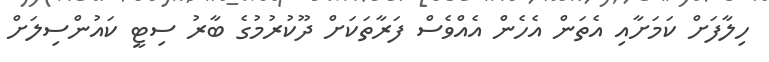
ހިލާފަށް ކަމަށާއި އެތަން އެހެން އެއްވެސް ފަރާތަކަށް ދޫކުރުމުގެ ބާރު ސިޓީ ކައުންސިލަށް